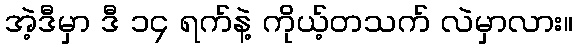
အဲ့ဒီမှာ ဒီ ၁၄ ရက်နဲ့ ကိုယ့်တသက် လဲမှာလား။